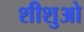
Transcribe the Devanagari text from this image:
शीशुओ